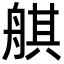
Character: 䑴